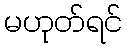
မဟုတ်ရင်